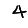
Digit: 4